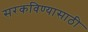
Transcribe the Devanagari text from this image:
सरकविण्यासाठी